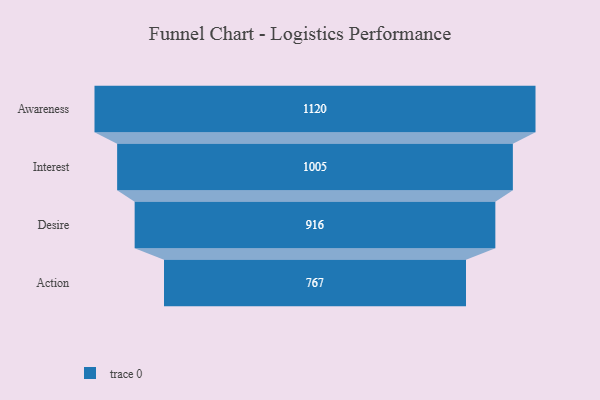
{"axis": {"x": "Stage", "y": "Value"}, "legend": [""], "data": [{"x": "Awareness", "y": 1120.0, "type": ""}, {"x": "Interest", "y": 1005.0, "type": ""}, {"x": "Desire", "y": 916.0, "type": ""}, {"x": "Action", "y": 767.0, "type": ""}]}